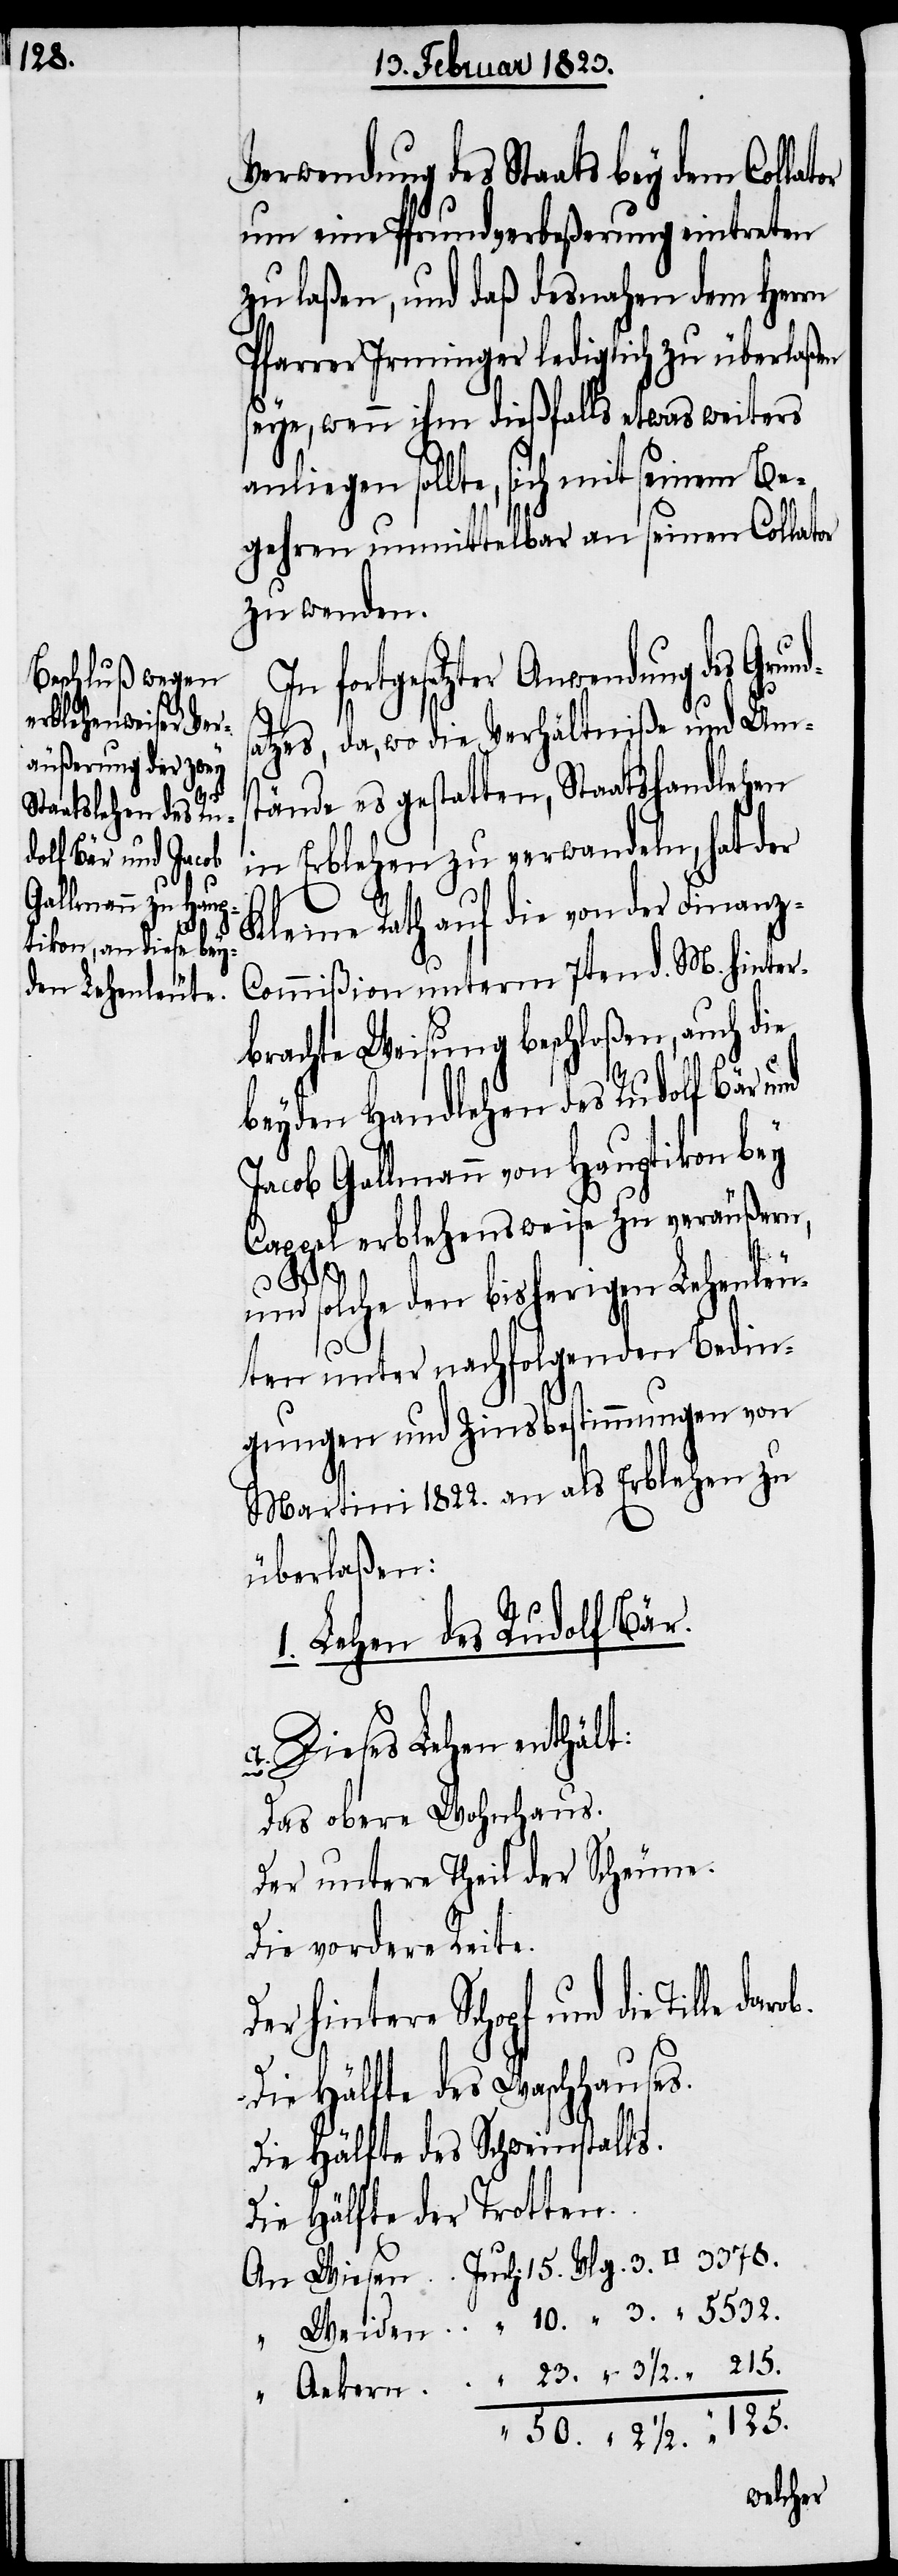
125.

1/2.
„
2

Verwendung des Staats bey dem Colla¬
um eine Pfrundverbeßerung eintreten
zu laßen, und daß desnahen dem Herrn
Pfarrer Irminger lediglich zu überlaßen
seye, wenn ihm dießfalls etwas weiters
anliegen sollte, sich mit seinem Be¬
gehren unmittelbar an seinen Collator
zu wenden.
fortgesetzter Anwendung des Gr¬
atzes, da, wo die Verhältniße und Ums¬
tände es gestatten, Staatshandlehen
in Erblehen zu verwandeln, hat der
Kleine Rath auf die von der Finanz-C¬
ommißion unterm 7ten d. M. hinter¬
brachte Weisung beschloßen, auch die
beyden Handlehen des Rudolf Bär und
Jacob Gallmann von Hauptikon bey
Cappel erblehensweise zu veräußern,
und solche den bisherigen Lehenleu¬
ten unter nachfolgenden Bedin¬
gungen und Zinsbestimmungen von
Martini 1822. an als Erblehen zu
überlaßen:
1. Lehen des Rudolf Bär.
Dieses Lehen enthält:
Das obere Wohnhaus.
Der untere Theil der Scheune.
Die vordere Reite.
Der hintere Schopf und die Tille
Die Hälfte des Waschhauses.
Die Hälfte des Schweinstalls.
Die Hälfte der Trotten.